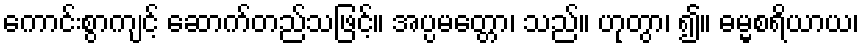
ကောင်းစွာကျင့် ဆောက်တည်သဖြင့်။ အပ္ပမတ္တော၊ သည်။ ဟုတွာ၊ ၍။ ဓမ္မစရိယာယ၊